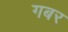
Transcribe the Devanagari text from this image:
गबर